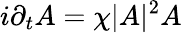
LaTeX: i\partial_{t}A=\chi|A|^{2}A